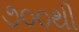
૭૦૦થી